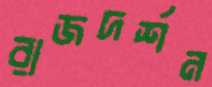
রাজদর্শন